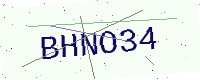
Text: BHNO34